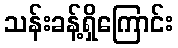
သန်းခန့်ရှိကြောင်း